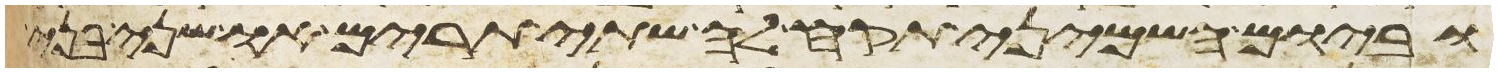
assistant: וביום השמיני תקח לה שתי תרים או שני בני